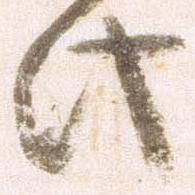
此